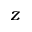
z